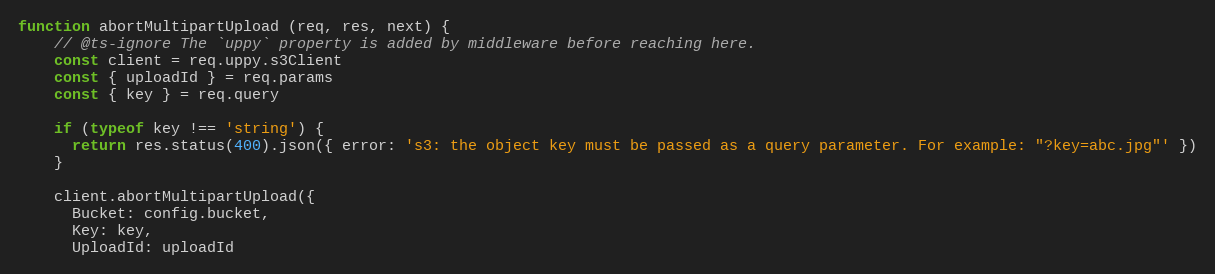
Language: JavaScript
function abortMultipartUpload (req, res, next) {
    // @ts-ignore The `uppy` property is added by middleware before reaching here.
    const client = req.uppy.s3Client
    const { uploadId } = req.params
    const { key } = req.query

    if (typeof key !== 'string') {
      return res.status(400).json({ error: 's3: the object key must be passed as a query parameter. For example: "?key=abc.jpg"' })
    }

    client.abortMultipartUpload({
      Bucket: config.bucket,
      Key: key,
      UploadId: uploadId